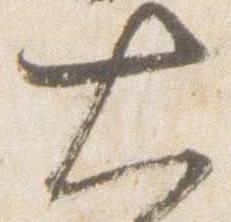
大